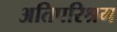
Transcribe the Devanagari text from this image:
अतिपरिश्रम